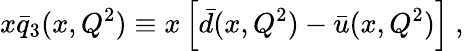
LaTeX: x\bar{q}_{3}(x,Q^{2})\equiv x\left[\bar{d}(x,Q^{2})-\bar{u}(x,Q^{2})\right]\ ,